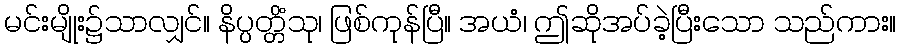
မင်းမျိုး၌သာလျှင်။ နိပ္ပတ္တိံသု၊ ဖြစ်ကုန်ပြီ။ အယံ၊ ဤဆိုအပ်ခဲ့ပြီးသော သည်ကား။